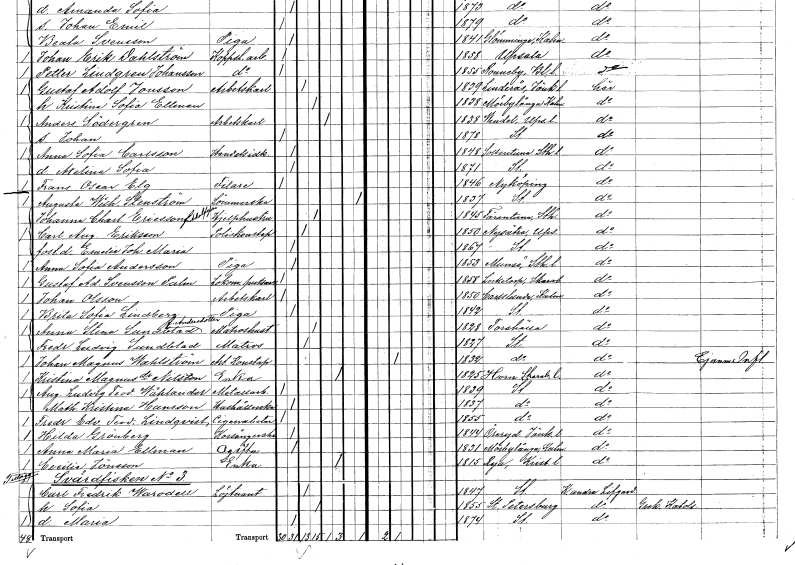
gt_parse: households: individuals: FN: Augusta Wilhelmina
EN: Stenström
YRKE: Sömmerska
KON: K
CIV: X
FODAR: 1837
FODFORS: Stockholm
FN: Johanna Charlotta
EN: Ericsson Adolfsson
YRKE: Hjälphustru
KON: K
CIV: G
FODAR: 1845
FODFORS: Färentuna Stockholms län
FN: Carl August
EN: Ericsson
YRKE: Poliskonstapel
KON: M
CIV: G
FODAR: 1850
FODFORS: Nysätra Uppsala län
FN: Emelie Johanna Maria
KON: K
CIV: O
FODAR: 1867
FODFORS: Stockholm
FN: Anna Sofia
EN: Andersson
YRKE: Piga
KON: K
CIV: O
FODAR: 1853
FODFORS: Munsö Stockholms län
FN: Gustaf Adolf
EN: Svensson Palm
YRKE: Lokomotivputsare
KON: M
CIV: O
FODAR: 1858
FODFORS: Locketorp Skaraborgs län
FN: Johan
EN: Olsson
YRKE: Arbetskarl
KON: M
CIV: O
FODAR: 1850
FODFORS: Karlslunda Kalmar län
FN: Brita Sofia
EN: Lindberg
YRKE: Piga
KON: K
CIV: O
FODAR: 1842
FODFORS: Stockholm
FN: Anna Stina
EN: Sundblad Andersdotter
YRKE: Matroshustru
KON: K
CIV: G
FODAR: 1828
FODFORS: Torshälla Södermanlands län
FN: Fredrik Ludvig
EN: Sundblad
YRKE: Matros
KON: M
CIV: G
FODAR: 1827
FODFORS: Stockholm
FN: Johan Magnus
EN: Wahlström
YRKE: Artillerikonstapel
KON: M
CIV: G
FODAR: 1832
FODFORS: Stockholm
FN: Kristina
EN: Magnusdotter Nilsson
YRKE: Änka
KON: K
CIV: E
FODAR: 1825
FODFORS: Horn Skaraborgs län
FN: August Ludvig Teodor
EN: Wåhlander
YRKE: Metallarbetare
KON: M
CIV: O
FODAR: 1839
FODFORS: Stockholm
FN: Mathilda Kristina
EN: Hansson
YRKE: Hushållerska
KON: K
CIV: O
FODAR: 1837
FODFORS: Stockholm
FN: Fredrik Edvard Teodor
EN: Lindqvist
YRKE: Cigarrarbetare
KON: M
CIV: O
FODAR: 1855
FODFORS: Stockholm
FN: Hilda
EN: Grönberg
YRKE: Korsångare
KON: K
CIV: O
FODAR: 1844
FODFORS: Öreryd Jönköpings län
FN: Anna Marias
EN: Ellman
KON: K
CIV: O
FODAR: 1831
FODFORS: Mörbylånga Kalmar län
FN: Cecilia
EN: Jönsson
YRKE: Änka
KON: K
CIV: E
FODAR: 1815
FODFORS: Rya Kristianstads län
FN: Carl Fredrik
EN: Warodell
YRKE: Löjtnant
KON: M
CIV: G
FODAR: 1847
FODFORS: Stockholm
FN: Sofia
KON: K
CIV: G
FODAR: 1855
FN: Maria
KON: K
CIV: O
FODAR: 1874
FODFORS: Stockholm